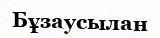
Бұзаусылан